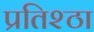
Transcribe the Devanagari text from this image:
प्रतिश्ठा